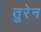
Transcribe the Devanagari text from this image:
तुरेन